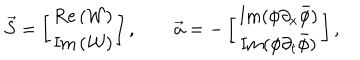
LaTeX: \vec { S } = \left[ \begin{array} { c } { { \mathrm { R e } \left( { \mathcal { W } } \right) } } \\ { { \mathrm { I m } \left( { \mathcal { W } } \right) } } \\ \end{array} \right] , \qquad \vec { a } = - \left[ \begin{array} { c } { { \mathrm { I m } ( \phi \partial _ { x } \bar { \phi } ) } } \\ { { \mathrm { I m } ( \phi \partial _ { t } \bar { \phi } ) } } \\ \end{array} \right] ,